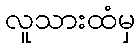
လူသားထံမှ